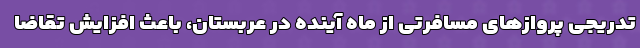
تدریجی پروازهای مسافرتی از ماه آینده در عربستان، باعث افزایش تقاضا